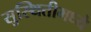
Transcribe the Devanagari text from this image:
सुस्थितीमध्ये